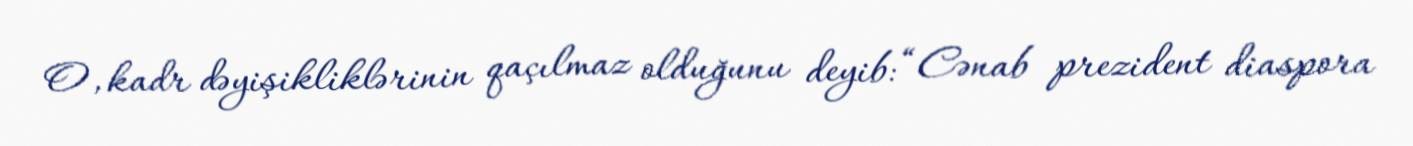
O, kadr dəyişikliklərinin qaçılmaz olduğunu deyib: “Cənab prezident diaspora